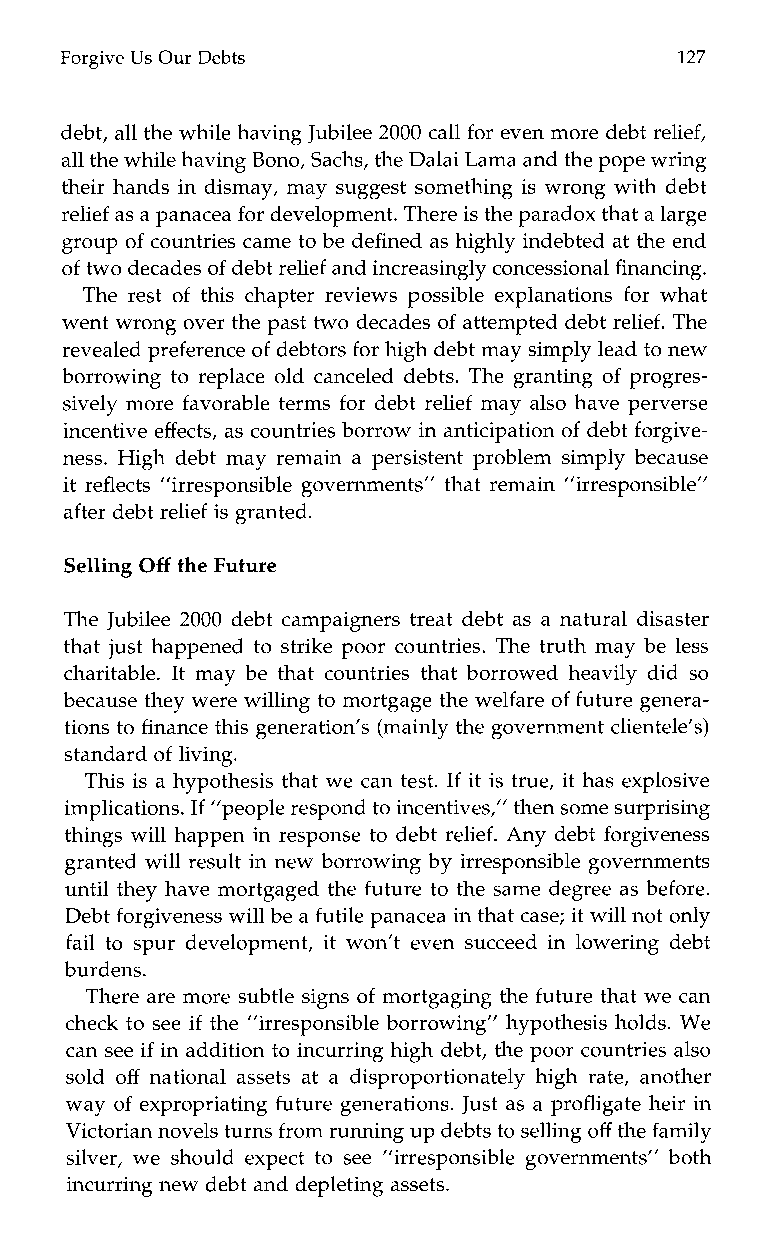
Forgive Us Our Debts                     127
 debt, all the while having Jubile2e0 00 call for even more debt relief,
 all the while havingB ono, Sachs, the Dalai Lama and the pope wring
 their hands in dismay, may suggest something is wrong with debt
 relief as a panaceaf or development. There is the paradox that a large
 group of countries came to be defined as highly indebted at the end
 of two decades of debt relief and increasingly concessional financing.
 The rest of this chapter reviews possible explanations for what
 went wrong over the past two decadeso f attempted debt relief. The
 revealed preference of debtors for high debt may simply lead to new
 borrowing to replace old canceled debts. The granting of progres-
 sively more favorable terms for debt relief may also have perverse
 incentive effects, as countries borrow in anticipationo f debt forgive-
 ness. High debt may remain a persistent problem simply because
 it reflects ”irresponsible governments” that remain ”irresponsible”
 after debt relief is granted.
 Selling Off the Future
 The Jubilee 2000 debt campaigners treat debt as a natural disaster
 that just happened to strike poor countries. The truth may be less
 charitable. It may be that countries that borrowed heavily did so
 because they were willing to mortgage thew elfare of future genera-
 tions to finance this generation’s (mainly the government clientele’s)
 standard of living.
 This is a hypothesis that we can test. If it is true, it has explosive
 implications. If ”people respond toi ncentives,” then some surprising
 things will happen in response to debt relief. Any debt forgiveness
 granted will result in new borrowing by irresponsible governments
 until they have mortgaged the future to the same degree as before.
 Debt forgiveness will be a futile panacea in that case; it will not only
 fail to spur development, it won’t even succeed in lowering debt
 burdens.
 There are more subtle signs of mortgaging the future that we can
 check to see if the ”irresponsible borrowing” hypothesis holds. We
 can see if in addition to incurring high debt, the poor countries also
 sold off national assets at a disproportionately high rate, another
 way of expropriating future generations. Just as a profligate heir in
 Victorian novels turns from running up debttos selling off the family
 silver, we should expect to see “irresponsible governments” both
 incurring new debt and depleting assets.